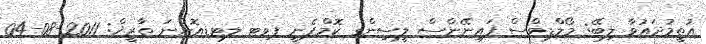
އުތީމުދައުވާ ލިބޭ: މޯލްޑިވްސް ފައިނޭންސް ލީސިންގ ކޮމްޕެނީ ޕވޓ ލޓޑއޮންނަ ތާރީޚް: 2011-08-04